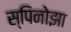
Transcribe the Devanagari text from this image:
स्पिनोझा